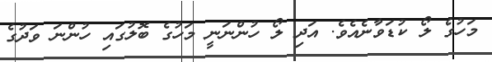
މަހުގެ ލޯ ކުޑަވާނެއެވެ. އަދި ލޯ ހުންނަނީ މަހުގެ ބޮލުގައި ހުންނަ ވަދުގެ